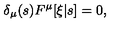
\delta _ { \mu } ( s ) F ^ { \mu } [ \xi | s ] = 0 ,